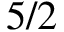
5 / 2